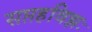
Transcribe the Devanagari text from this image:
सप्तहविझः